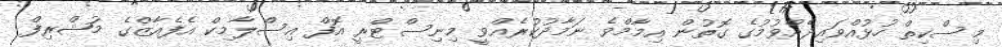
މިސްކިތް ހުޅުއްވައިދެއްވުމުގެ ގޮތުން އިމާމްވެ ނަމާދުކުރެއްވީ މިނިސްޓްރީ އޮފް އިސްލާމިކް އެފެއާޒްގެ މުޝްރިފް